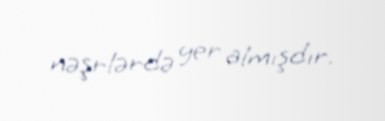
nəşrlərdə yer almışdır.